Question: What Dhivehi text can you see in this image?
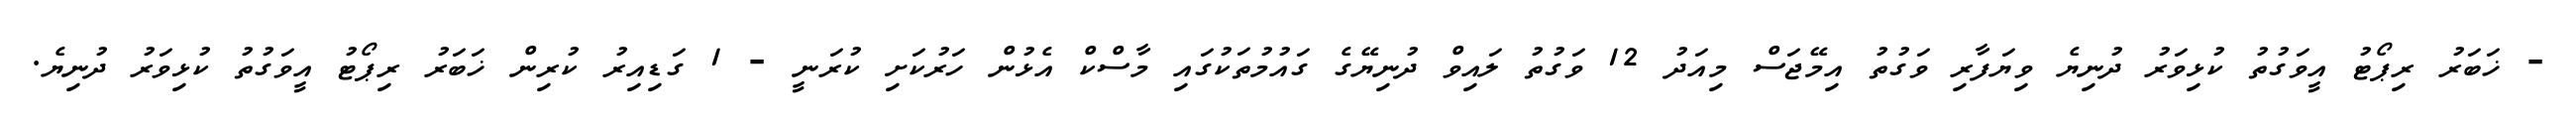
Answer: - ޚަބަރު ރިޕޯޓު އީވަގުތު ކުޅިވަރު ދުނިޔެ ވިޔަފާރި ވަގުތު އިމޭޖަސް މިއަދު 12 ވަގުތު ލައިވް ދުނިޔޭގެ ގައުމުތަކުގައި މާސްކް އެޅުން ހަރުކަށި ކުރަނީ - 1 ގަޑިއިރު ކުރިން ޚަބަރު ރިޕޯޓު އީވަގުތު ކުޅިވަރު ދުނިޔެ.